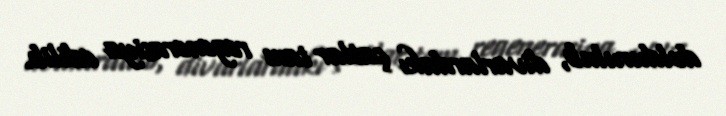
doldurulub, divarlardakı çatlar tam regenerasiya edilib.